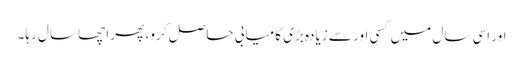
اور اسی سال میں کسی اور سے زیادہ بڑی کامیابی حاصل کرو ، پھر اچھا سال رہا۔